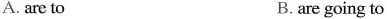
A. are to B.are going to